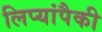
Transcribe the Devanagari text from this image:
लिप्यांपैकी